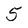
Character: 5